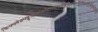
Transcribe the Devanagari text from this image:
क्रिफ्फ्वेक्न्फ्द्जुह्ग्विओल्स्ग्र्म्३फ्ज्निफ्ह्ग्फ्ह्सित्मिज्धेसिउथ्मिदुग्भ्फिउघिउफ्व्न्य्